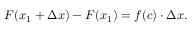
F ( x _ { 1 } + \Delta x ) - F ( x _ { 1 } ) = f ( c ) \cdot \Delta x .